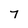
Character: 7